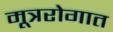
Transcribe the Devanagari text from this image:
मूत्ररोगात